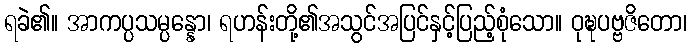
ရခဲ၏။ အာကပ္ပသမ္ပန္နော၊ ရဟန်းတို့၏အသွင်အပြင်နှင့်ပြည့်စုံသော။ ဝုဍ္ဎပဗ္ဗဇိတော၊